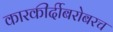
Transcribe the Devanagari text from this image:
कारकीर्दीबरोबरच